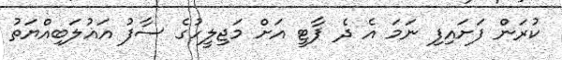
ކުރަން ފަށައިފި ނަމަ އެ ދެ ޕާޓީ އަށް މަޖިލީހުގެ ސާފު އަޣުލަބިއްޔަތު